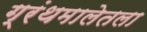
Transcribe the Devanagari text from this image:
ग्रंथमालेतला